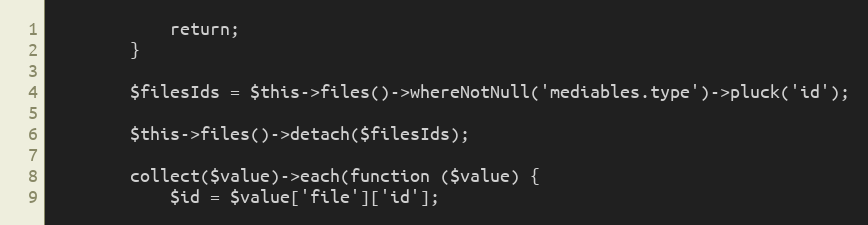
Language: PHP
            return;
        }

        $filesIds = $this->files()->whereNotNull('mediables.type')->pluck('id');

        $this->files()->detach($filesIds);

        collect($value)->each(function ($value) {
            $id = $value['file']['id'];